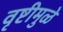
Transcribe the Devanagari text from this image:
वृष्टीमुळे